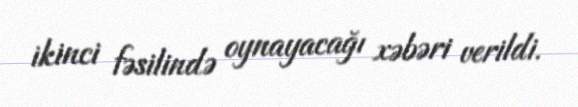
ikinci fəsilində oynayacağı xəbəri verildi.